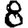
Digit: 8